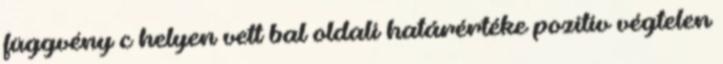
függvény c helyen vett bal oldali határértéke pozitív végtelen